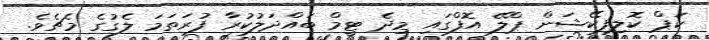
ކަޕް ކޮލިފިކޭޝަން ޕްލޭ އޮފްގައި މިދެ ޓީމް ބައްދަލުކުރާ ފުރަތަމަ ލެގުގެ މެޗެވެ.